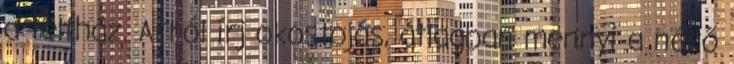
a teltház. Arról írj okostojás, átlagban mennyi a néző